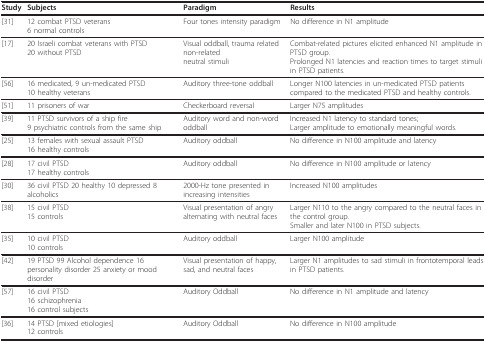
<table><thead><tr><td><b>Study</b></td><td><b>Subjects</b></td><td><b>Paradigm</b></td><td><b>Results</b></td></tr></thead><tbody><tr><td>[31]</td><td>12 combat PTSD veterans6 normal controls</td><td>Four tones intensity paradigm</td><td>No difference in N1 amplitude</td></tr><tr><td>[17]</td><td>20 Israeli combat veterans with PTSD20 without PTSD</td><td>Visual oddball, trauma relatednon-relatedneutral stimuli</td><td>Combat-related pictures elicited enhanced N1 amplitude in PTSD group.Prolonged N1 latencies and reaction times to target stimuli in PTSD patients.</td></tr><tr><td>[56]</td><td>16 medicated, 9 un-medicated PTSD10 healthy veterans</td><td>Auditory three-tone oddball</td><td>Longer N100 latencies in un-medicated PTSD patients compared to the medicated PTSD and healthy controls.</td></tr><tr><td>[51]</td><td>11 prisoners of war</td><td>Checkerboard reversal</td><td>Larger N75 amplitudes</td></tr><tr><td>[39]</td><td>11 PTSD survivors of a ship fire9 psychiatric controls from the same ship</td><td>Auditory word and non-word oddball</td><td>Increased N1 latency to standard tones;Larger amplitude to emotionally meaningful words.</td></tr><tr><td>[25]</td><td>13 females with sexual assault PTSD16 healthy controls</td><td>Auditory oddball</td><td>No difference in N100 amplitude and latency</td></tr><tr><td>[28]</td><td>17 civil PTSD17 healthy controls</td><td>Auditory oddball</td><td>No difference in N100 amplitude or latency</td></tr><tr><td>[30]</td><td>36 civil PTSD 20 healthy 10 depressed 8 alcoholics</td><td>2000-Hz tone presented in increasing intensities</td><td>Increased N100 amplitudes</td></tr><tr><td>[38]</td><td>15 civil PTSD15 controls</td><td>Visual presentation of angry alternating with neutral faces</td><td>Larger N110 to the angry compared to the neutral faces in the control group.Smaller and later N100 in PTSD subjects.</td></tr><tr><td>[35]</td><td>10 civil PTSD10 controls</td><td>Auditory oddball</td><td>Larger N100 amplitude</td></tr><tr><td>[42]</td><td>19 PTSD 99 Alcohol dependence 16 personality disorder 25 anxiety or mood disorder</td><td>Visual presentation of happy, sad, and neutral faces</td><td>Larger N1 amplitudes to sad stimuli in frontotemporal leads in PTSD patients.</td></tr><tr><td>[57]</td><td>16 civil PTSD16 schizophrenia16 control subjects</td><td>Auditory Oddball</td><td>No difference in N1 amplitude and latency</td></tr><tr><td>[36]</td><td>14 PTSD [mixed etiologies]12 controls</td><td>Auditory Oddball</td><td>No difference in N100 amplitude</td></tr></tbody></table>